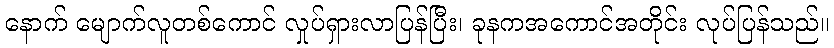
နောက် မျောက်လူတစ်ကောင် လှုပ်ရှားလာပြန်ပြီး၊ ခုနကအကောင်အတိုင်း လုပ်ပြန်သည်။